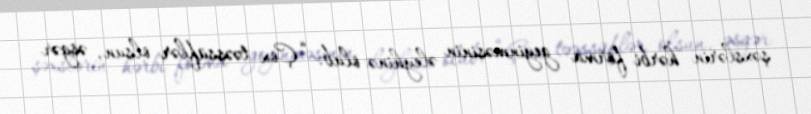
şəxslərin hərbi forma geyinməsinin əleyhinə olub: “Çox təəssüflər olsun, əsgər